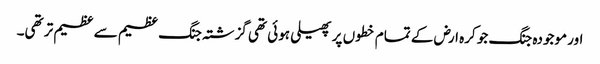
اور موجودہ جنگ جو کرہ ارض کے تمام خطوں پر پھیلی ہوئی تھی گزشتہ جنگ عظیم سے عظیم تر تھی۔